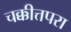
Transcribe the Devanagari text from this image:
चक्कीत्तपरा